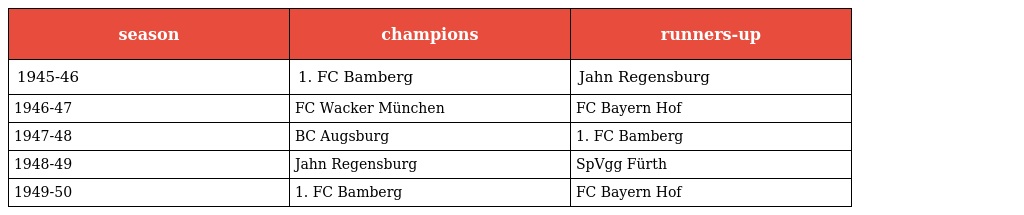
| season | champions | runners-up |
 | --- | --- | --- |
 | 1945-46 | 1. FC Bamberg | Jahn Regensburg |
 | 1946-47 | FC Wacker München | FC Bayern Hof |
 | 1947-48 | BC Augsburg | 1. FC Bamberg |
 | 1948-49 | Jahn Regensburg | SpVgg Fürth |
 | 1949-50 | 1. FC Bamberg | FC Bayern Hof |